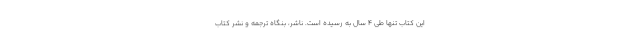
این کتاب تنها طی 4 سال به رسیده است. ناشر، بنگاه ترجمه و نشر کتاب